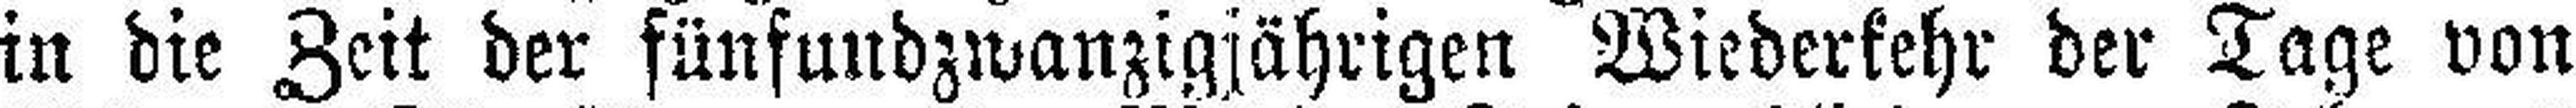
in die Zeit der fünfundzwanzigjährigen Wiederkehr der Tage von